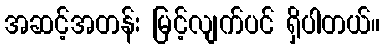
အဆင့်အတန်း မြင့်လျက်ပင် ရှိပါတယ်။